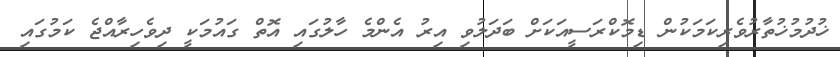
ޚުދުމުޚުތާރުވެރިކަމަކުން ޑިމޮކްރަސީއަކަށް ބަދަލުވި އިރު އެންމެ ހާލުގައި އޮތް ގައުމަކީ ދިވެހިރާއްޖެ ކަމުގައި